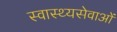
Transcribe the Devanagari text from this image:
स्वास्थ्यसेवाओं